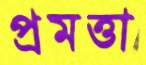
প্রমত্তা